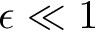
\epsilon \ll 1